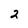
Character: 2